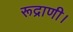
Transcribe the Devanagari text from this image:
रूद्राणी।